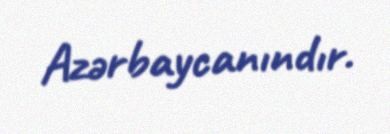
Azərbaycanındır.